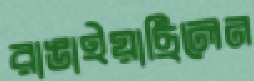
রাঙাইয়াছিলেন